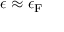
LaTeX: \epsilon \approx \epsilon _ { \mathrm { { F } } }